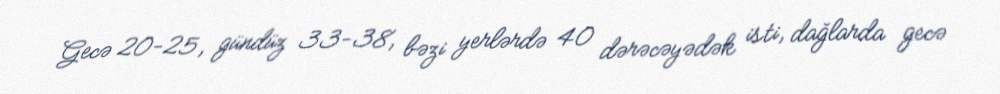
Gecə 20-25, gündüz 33-38, bəzi yerlərdə 40 dərəcəyədək isti, dağlarda gecə